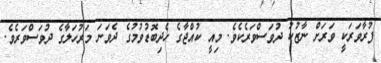
ފުރާވަރަކީ ވަރަށް ނާޒުކު ދުވަސްވަރެކެވެ. މިއީ ކުއްޖާގެ ހެދިބޮޑުވުމުގެ ދެވަނަ މަރުހަލާގެ ދުވަސްވަރެވެ.